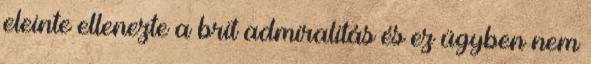
eleinte ellenezte a brit admiralitás és ez ügyben nem